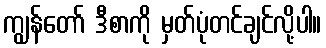
ကျွန်တော် ဒီစာကို မှတ်ပုံတင်ချင်လို့ပါ။